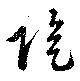
陰